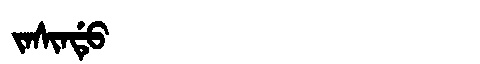
Manchu: ᠵᠠᠰᡳᠨᡩᡠ
Romanization: JASINDU